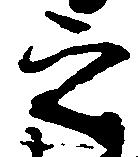
之